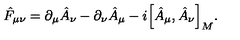
\hat { F } _ { \mu \nu } = \partial _ { \mu } \hat { A } _ { \nu } - \partial _ { \nu } \hat { A } _ { \mu } - i \Big [ \hat { A } _ { \mu } , \hat { A } _ { \nu } \Big ] _ { M } .